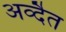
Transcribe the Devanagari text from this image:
अव्दैत